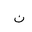
Letter: _non